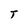
Character: T